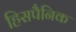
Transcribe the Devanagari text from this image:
हिसपैनिक